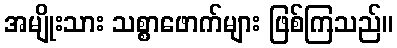
အမျိုးသား သစ္စာဖောက်များ ဖြစ်ကြသည်။